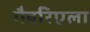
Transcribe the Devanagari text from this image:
गैबरिएला